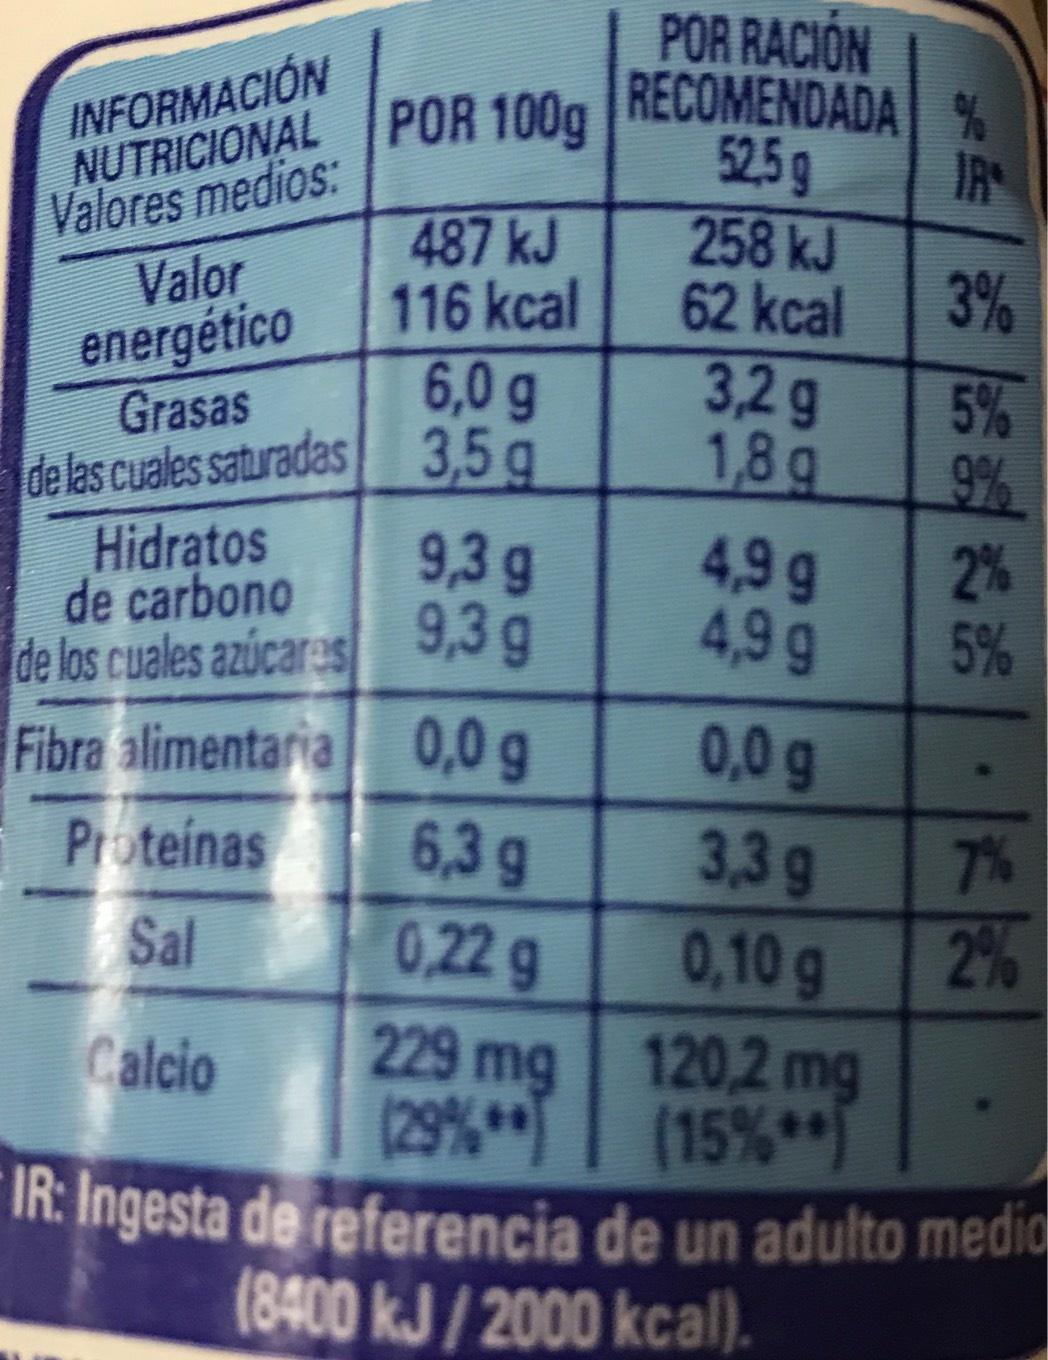
INFORMACIÓN NUTRICIONAL Valores medios:
Valor energético
Grasas
de las cuales saturadas
Hidratos de carbono
de los cuales azúcares
Fibra alimentaria
POR 100g
487 kJ
116 kcal
Proteínas
Sal
Calcio
6,0 g
3,5g
9,3 g
9,3 g
POR RACIÓN RECOMENDADA % 52,5 g
IR
258 kJ
62 kcal
3,2 g
1,8 g
4,9 g
4,99
3%
5%
9%
0,0 g
6,3 g
0,22 g
229 mg
(29%
IR: Ingesta de referencia de un adulto medio
(8400 kJ/2000 kcal).
0,0 g
3,3 g
0,10 g
120,2 mg
(15%)
2%
5%
7%
2%